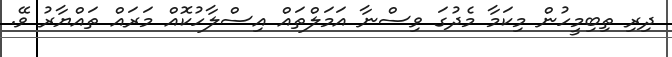
ދިރި ތިބިމީހުން މިކަމާ މެދުގަ ވިސްނާ އަމަލްތައް އިސްލާހުކޮއް މަރައް ތައްޔާރު ވޭ.